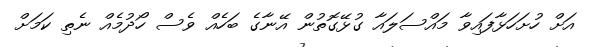
އަށް ހުށަހަޅާފައިވާ މައްސަލައާ ގުޅޭގޮތުން އޭނާގެ ބަހެއް ވެސް ހޯދުމެއް ނެތި ކަމަށް